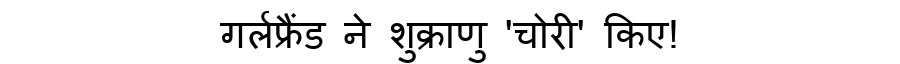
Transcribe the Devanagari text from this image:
गर्लफ्रैंड ने शुक्राणु 'चोरी' किए!